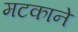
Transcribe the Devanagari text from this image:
मटकाने